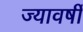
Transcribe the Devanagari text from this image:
ज्यावर्षी